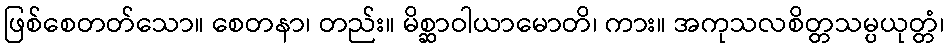
ဖြစ်စေတတ်သော။ စေတနာ၊ တည်း။ မိစ္ဆာဝါယာမောတိ၊ ကား။ အကုသလစိတ္တသမ္ပယုတ္တံ၊